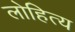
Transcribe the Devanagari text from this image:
लोहित्य